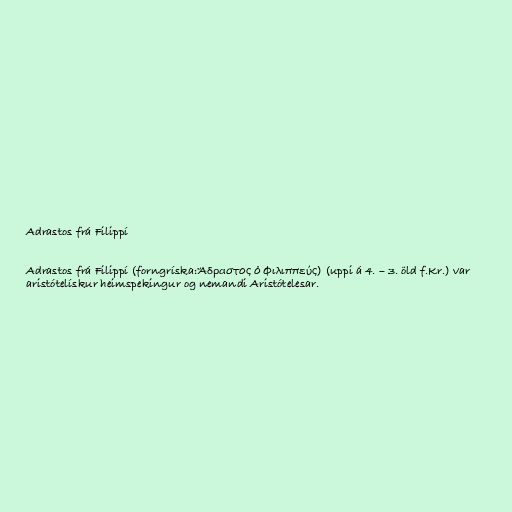
Adrastos frá Filippí

Adrastos frá Filippí (forngríska:Ἄδραστος ὁ Φιλιππεύς) (uppi á 4. – 3. öld f.Kr.) var
aristótelískur heimspekingur og nemandi Aristótelesar.